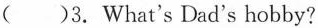
( )3.What's Dad's hobby?